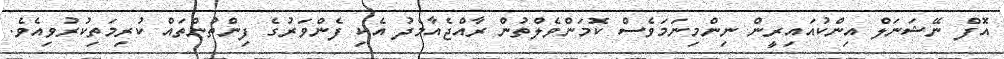
އޮފް ނޭޝަނަލް އިންކުއައިރީން ނިންމިނަމަވެސް ކޮމަންވެލްތުން ރާއްޖެއާމެދު އެކި ފެންވަރުގެ ފިންތުންތައް ކުރިމަތިކުރުވިއެވެ.